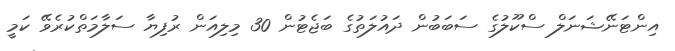
އިންޓަނޭޝަނަލް ސްކޫލުގެ ސަބަބުން ދައުލަތުގެ ބަޖެޓުން 30 މިލިއަން ރުފިޔާ ސަލާމަތްކުރެވޭ ކަމީ